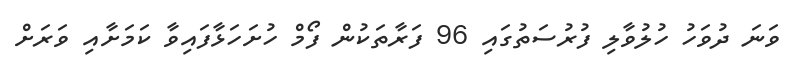
ވަނަ ދުވަހު ހުލުވާލި ފުރުސަތުގައި 96 ފަރާތަކުން ފޯމް ހުށަހަޅާފައިވާ ކަމަށާއި ވަރަށް